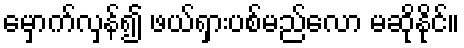
မှောက်လှန်၍ ဖယ်ရှားပစ်မည်လော မဆိုနိုင်။